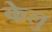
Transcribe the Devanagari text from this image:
केलु